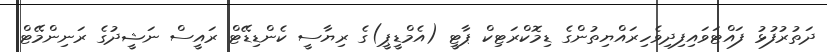
ދަތުރުފުޅު ފައްޓަވައިފިދިވެހިރައްޔިތުންގެ ޑިމޮކްރަޓިކް ޕާޓީ (އެމްޑީޕީ)ގެ ރިޔާސީ ކެންޑިޑޭޓް ރައީސް ނަޝީދުގެ ރަނިންމޭޓް